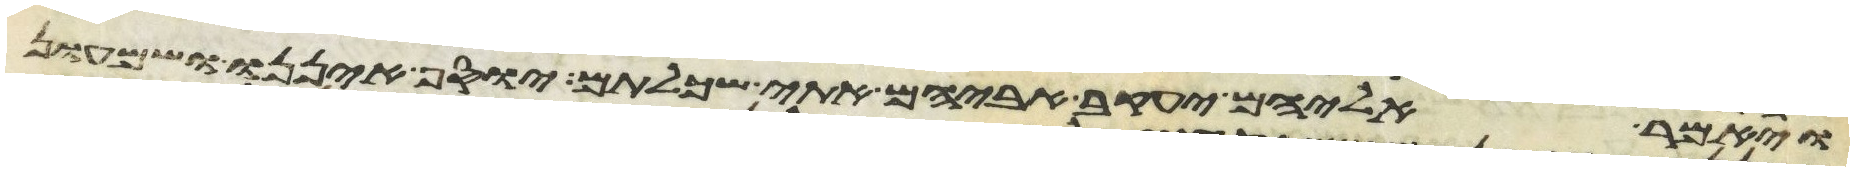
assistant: ויאמר אליהם יעקב אביהם אתי שכלתם יוסף איננו ושמעון